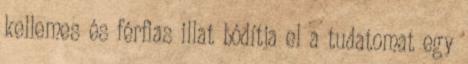
kellemes és férfias illat bódítja el a tudatomat egy